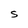
Character: S